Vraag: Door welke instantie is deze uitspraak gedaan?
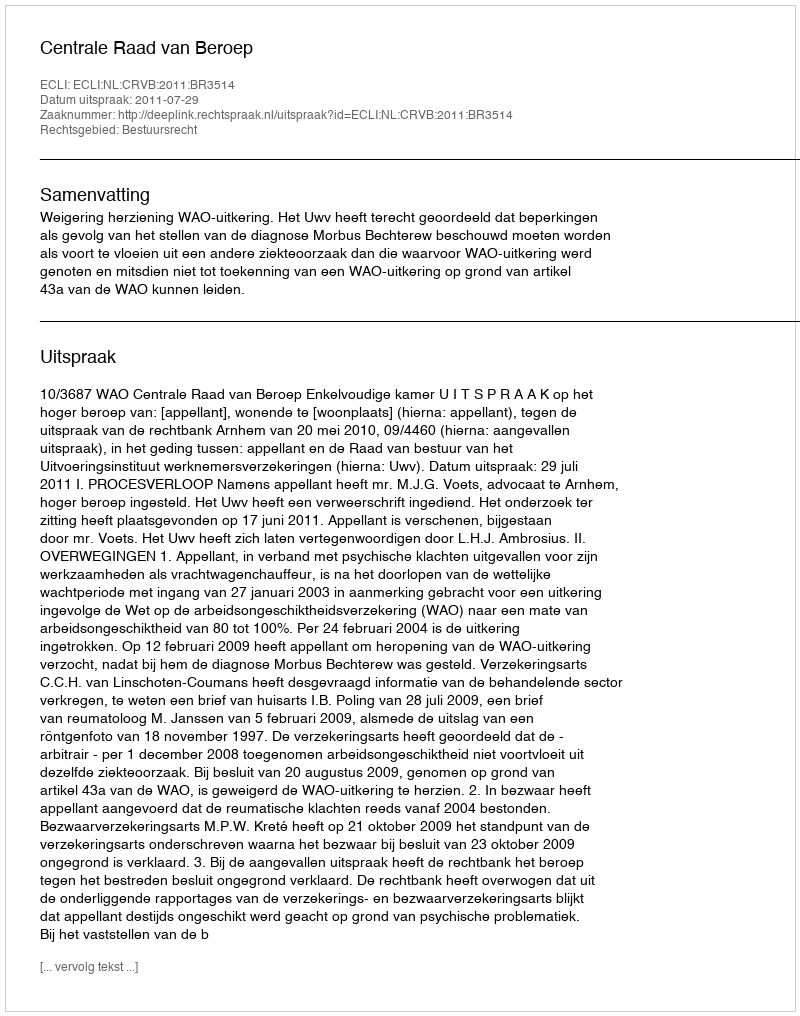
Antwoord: Centrale Raad van Beroep